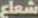
شعاع